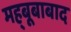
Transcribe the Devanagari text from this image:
मह्बूबाबाद